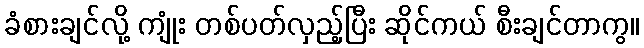
ခံစားချင်လို့ ကျုံး တစ်ပတ်လှည့်ပြီး ဆိုင်ကယ် စီးချင်တာကွ။